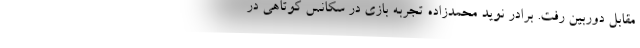
مقابل دوربین رفت. برادر نوید محمدزاده تجربه بازی در سکانس کوتاهی در